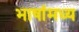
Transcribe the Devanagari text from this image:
भाषांमध्य